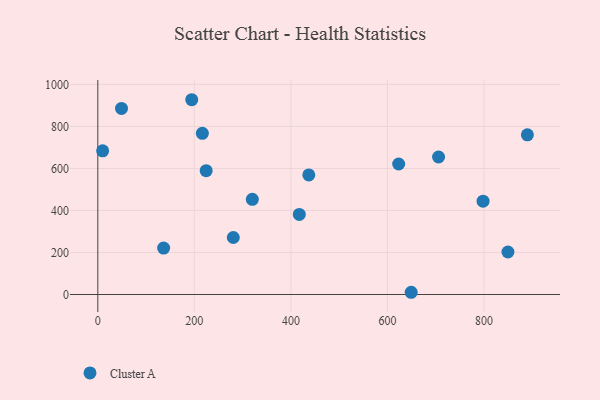
{"axis": {"x": "Ad Spend", "y": "Sales"}, "legend": ["Cluster A"], "data": [{"x": "10.0", "y": 684.1, "type": "Cluster A"}, {"x": "280.7", "y": 271.2, "type": "Cluster A"}, {"x": "849.6", "y": 202.2, "type": "Cluster A"}, {"x": "798.1", "y": 444.2, "type": "Cluster A"}, {"x": "649.2", "y": 10.6, "type": "Cluster A"}, {"x": "136.4", "y": 221.0, "type": "Cluster A"}, {"x": "224.5", "y": 589.4, "type": "Cluster A"}, {"x": "705.9", "y": 654.6, "type": "Cluster A"}, {"x": "216.6", "y": 767.2, "type": "Cluster A"}, {"x": "623.3", "y": 621.2, "type": "Cluster A"}, {"x": "437.1", "y": 569.0, "type": "Cluster A"}, {"x": "49.1", "y": 885.9, "type": "Cluster A"}, {"x": "320.1", "y": 452.9, "type": "Cluster A"}, {"x": "889.9", "y": 759.8, "type": "Cluster A"}, {"x": "417.4", "y": 381.0, "type": "Cluster A"}, {"x": "194.6", "y": 927.1, "type": "Cluster A"}]}